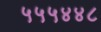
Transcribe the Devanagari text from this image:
५५५४४८